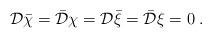
LaTeX: \begin{align*}{\cal D}{\bar \chi}={\bar {\cal D}}\chi={\cal D}{\bar \xi}={\bar {\cal D}}\xi=0\;.\end{align*}